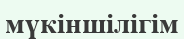
мүкіншілігім